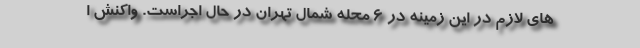
های لازم در این زمینه در ۶ محله شمال تهران در حال اجراست. واکنش ا